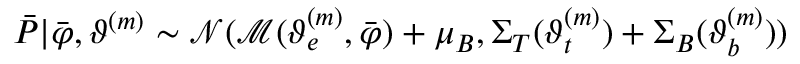
\boldsymbol { \bar { P } } | \boldsymbol { \bar { \varphi } } , \boldsymbol { \vartheta } ^ { ( m ) } \sim \mathcal { N } ( \mathcal { M } ( \boldsymbol { \vartheta } _ { e } ^ { ( m ) } , \boldsymbol { \bar { \varphi } } ) + \boldsymbol \mu _ { B } , \boldsymbol \Sigma _ { T } ( \boldsymbol { \vartheta } _ { t } ^ { ( m ) } ) + \boldsymbol \Sigma _ { B } ( \boldsymbol { \vartheta } _ { b } ^ { ( m ) } ) )